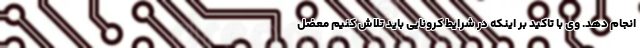
انجام دهد. وی با تاکید بر اینکه در شرایط کرونایی باید تلاش کنیم معضل